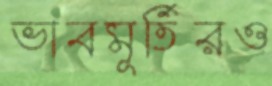
ভাবমূর্তিরও